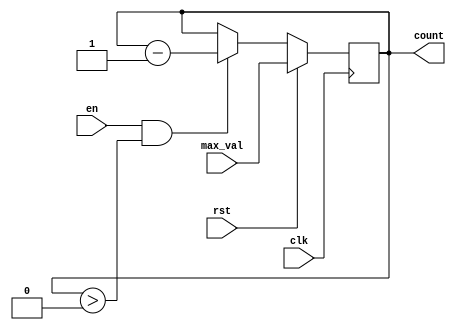
module down_counter (
    input wire clk,           // Clock signal
    input wire en,           // Enable signal
    input wire rst,          // Reset signal
    input wire [n-1:0] max_val, // Maximum value (initial value)
    output reg [n-1:0] count // Current counter value
);
    parameter n = 4; // Define the bit width of the counter, adjust as needed

    // Synchronous process for the counter
    always @(posedge clk) begin
        if (rst) begin
            count <= max_val; // Reset the counter to max_val
        end else if (en && count > 0) begin
            count <= count - 1; // Decrement the counter
        end
        // If 'en' is low, the counter retains its value
    end
endmodule